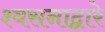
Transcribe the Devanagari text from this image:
श्वसनाद्वारे